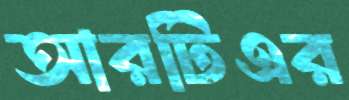
আরটিএর